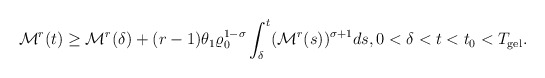
\begin{align*}\mathcal{M}^{r}(t)\geq \mathcal{M}^{r}(\delta)+(r-1)\theta_{1}\varrho_{0}^{1-\sigma}\int_{\delta}^{t}(\mathcal{M}^{r}(s))^{\sigma+1}ds,0<\delta<t<t_{0}<T_{\mathrm{gel}}.\end{align*}